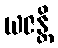
ယဇန္တိ